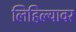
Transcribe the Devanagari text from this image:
लिहिल्यावर